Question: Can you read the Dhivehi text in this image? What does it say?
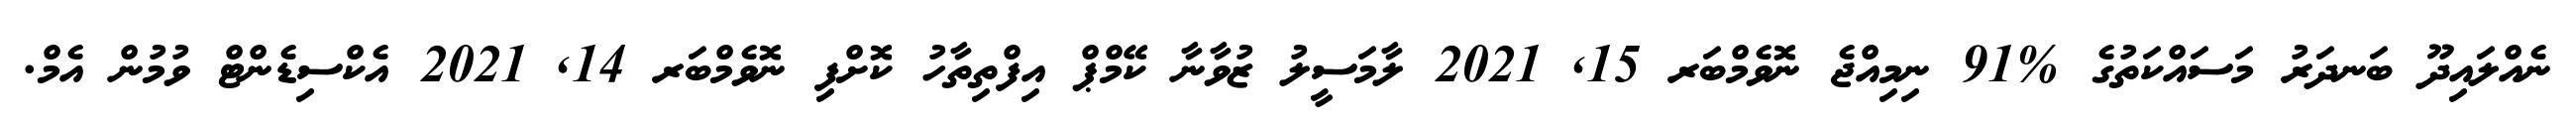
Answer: ނެއްލައިދޫ ބަނދަރު މަސައްކަތުގެ %91 ނިމިއްޖެ ނޮވެމްބަރ 15, 2021 ލާމަސީލު ޒުވާނާ ކޭމްޕް އިފްތިތާހު ކޮށްފި ނޮވެމްބަރ 14, 2021 އެކްސިޑެންޓް ވުމުން އެމް.